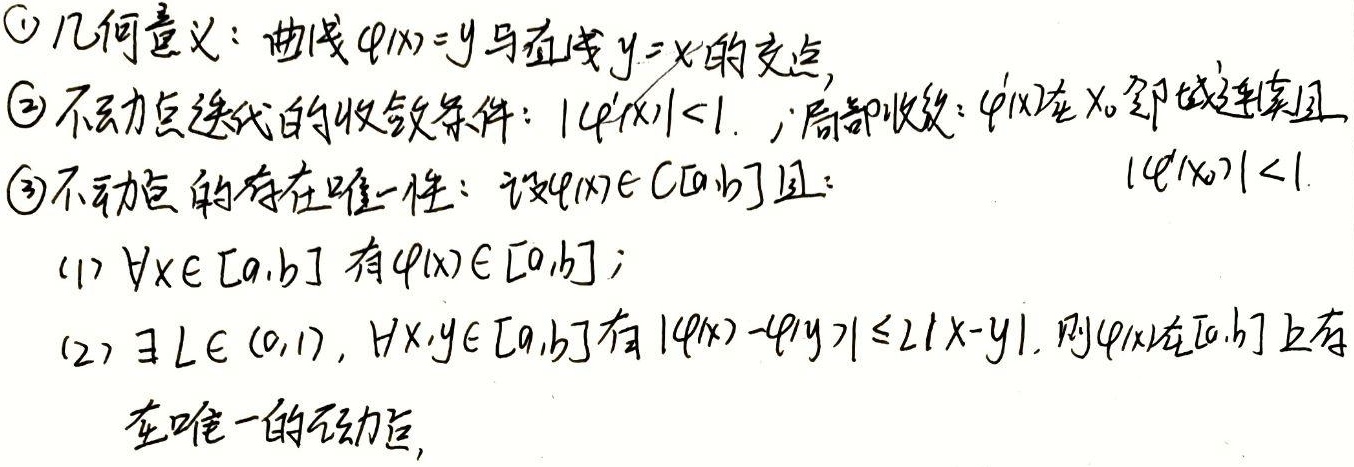
\textcircled{1} 几何意义：曲线\(\varphi(x)=y\)与直线\(y = x\)的交点。

\textcircled{2} 不动点迭代的收敛条件：\(|\varphi'(x)|<1\)；局部收敛：\(\varphi'(x)\)在\(x_0\)邻域连续且\(|\varphi'(x_0)|<1\)。

\textcircled{3} 不动点的存在唯一性：设\(\varphi(x)\in C[a,b]\)且：
(1) \(\forall x\in[a,b]\)有\(\varphi(x)\in[a,b]\)；
(2) \(\exists L\in(0,1),\forall x,y\in[a,b]\)有\(|\varphi(x)-\varphi(y)|\leq L|x - y|\)。
则\(\varphi(x)\)在\([a,b]\)上存在唯一的不动点。